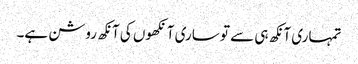
تمہاری آنکھ ہی سے تو ساری آنکھوں کی آنکھ روشن ہے۔